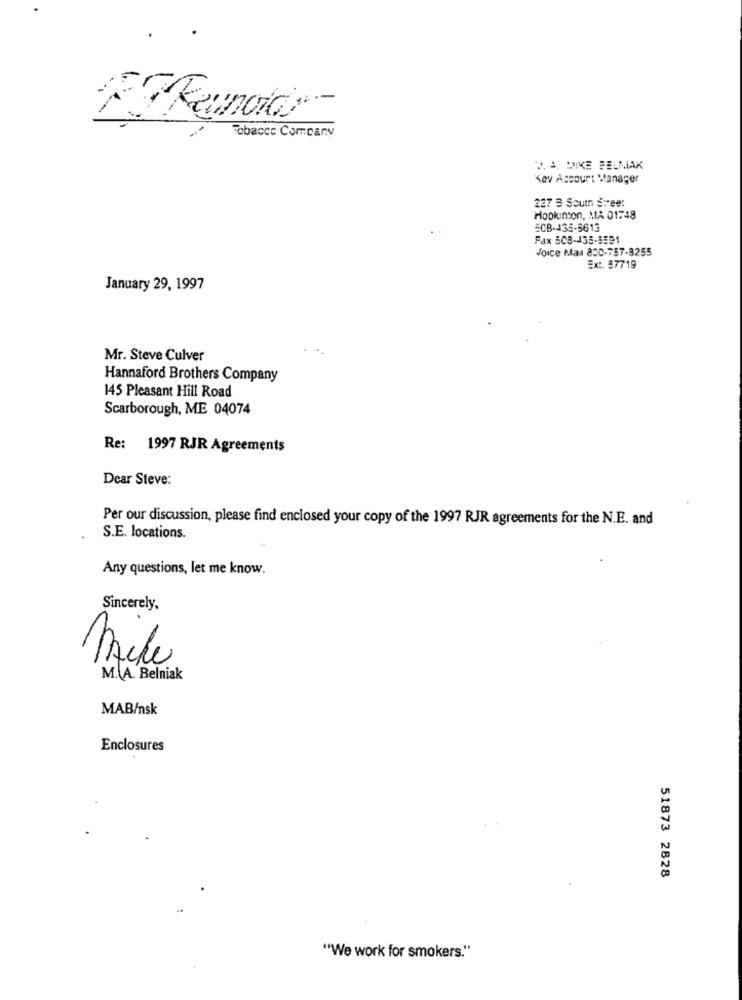
Tobacco Company
J. J, PIKE BELNIAK
Key Account Manager
227 3 Soum Street
Hopkinson, MA 01748
5CB-435-6613
Fax 508-135-8591
Joice Mas 830-757-3255
Ext. 87719
January 29, 1997
Mr. Steve Culver
Hannaford Brothers Company
145 Pleasant Hill Road
Scarborough, ME 04074
Re: 1997 RJR Agreements
Dear Steve:
Per our discussion, please find enclosed your copy of the 1997 RJR agreements for the N.E. and
S.E. locations.
Any questions, let me know.
Sincerely,
M. A. Belniak
MAB/nsk
Enclosures
51873 2828
"We work for smokers."